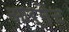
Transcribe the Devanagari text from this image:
आर्मेंट